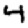
Digit: 4